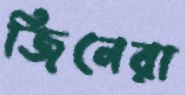
জিনেরা